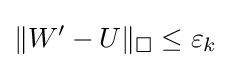
\lVert W'-U\rVert _{\square }\leq \varepsilon _{k}